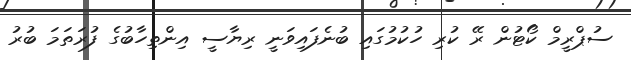
ސުޕްރީމް ކޯޓުން ރޭ ކުރި ހުކުމުގައި ބުނެފައިވަނީ ރިޔާސީ އިންތިހާބުގެ ފުރަތަމަ ބުރު